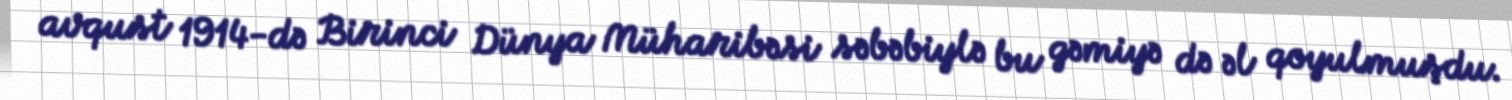
avqust 1914-də Birinci Dünya Müharibəsi səbəbiylə bu gəmiyə də əl qoyulmuşdu.